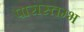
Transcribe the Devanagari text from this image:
पारास्तम्भ